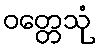
ဝတ္တေသုံ